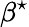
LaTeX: \beta^{\star}